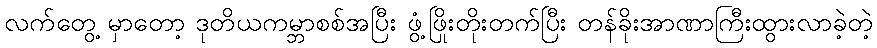
လက်တွေ့ မှာတော့ ဒုတိယကမ္ဘာစစ်အပြီး ဖွံ့ဖြိုးတိုးတက်ပြီး တန်ခိုးအာဏာကြီးထွားလာခဲ့တဲ့